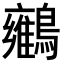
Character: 𪇉